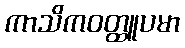
ကာသိကဝတ္ထူပမာ